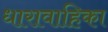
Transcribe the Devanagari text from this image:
धारावाहिका